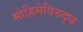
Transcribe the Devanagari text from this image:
मोहिमेविरुद्ध